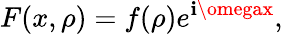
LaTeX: F(x,\rho)=f(\rho)e^{\mathbf{i}\omegax},